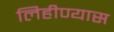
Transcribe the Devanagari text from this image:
लिहीण्यास